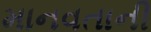
માનવતાની